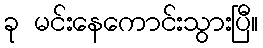
ခု မင်းနေကောင်းသွားပြီ။